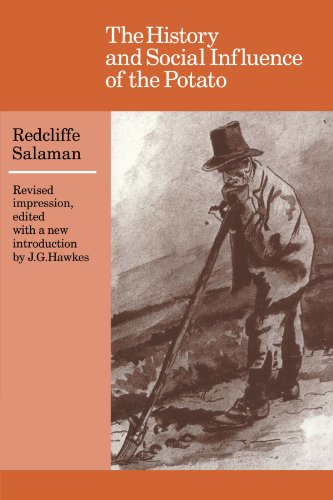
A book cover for The History and Social Influence of the Potato (Cambridge Paperback Library); Redcliffe N. Salaman; Cookbooks, Food & Wine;